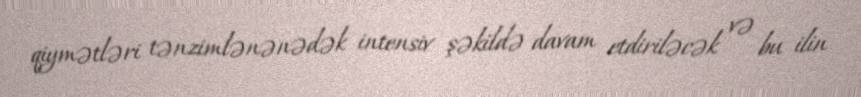
qiymətləri tənzimlənənədək intensiv şəkildə davam etdiriləcək və bu ilin